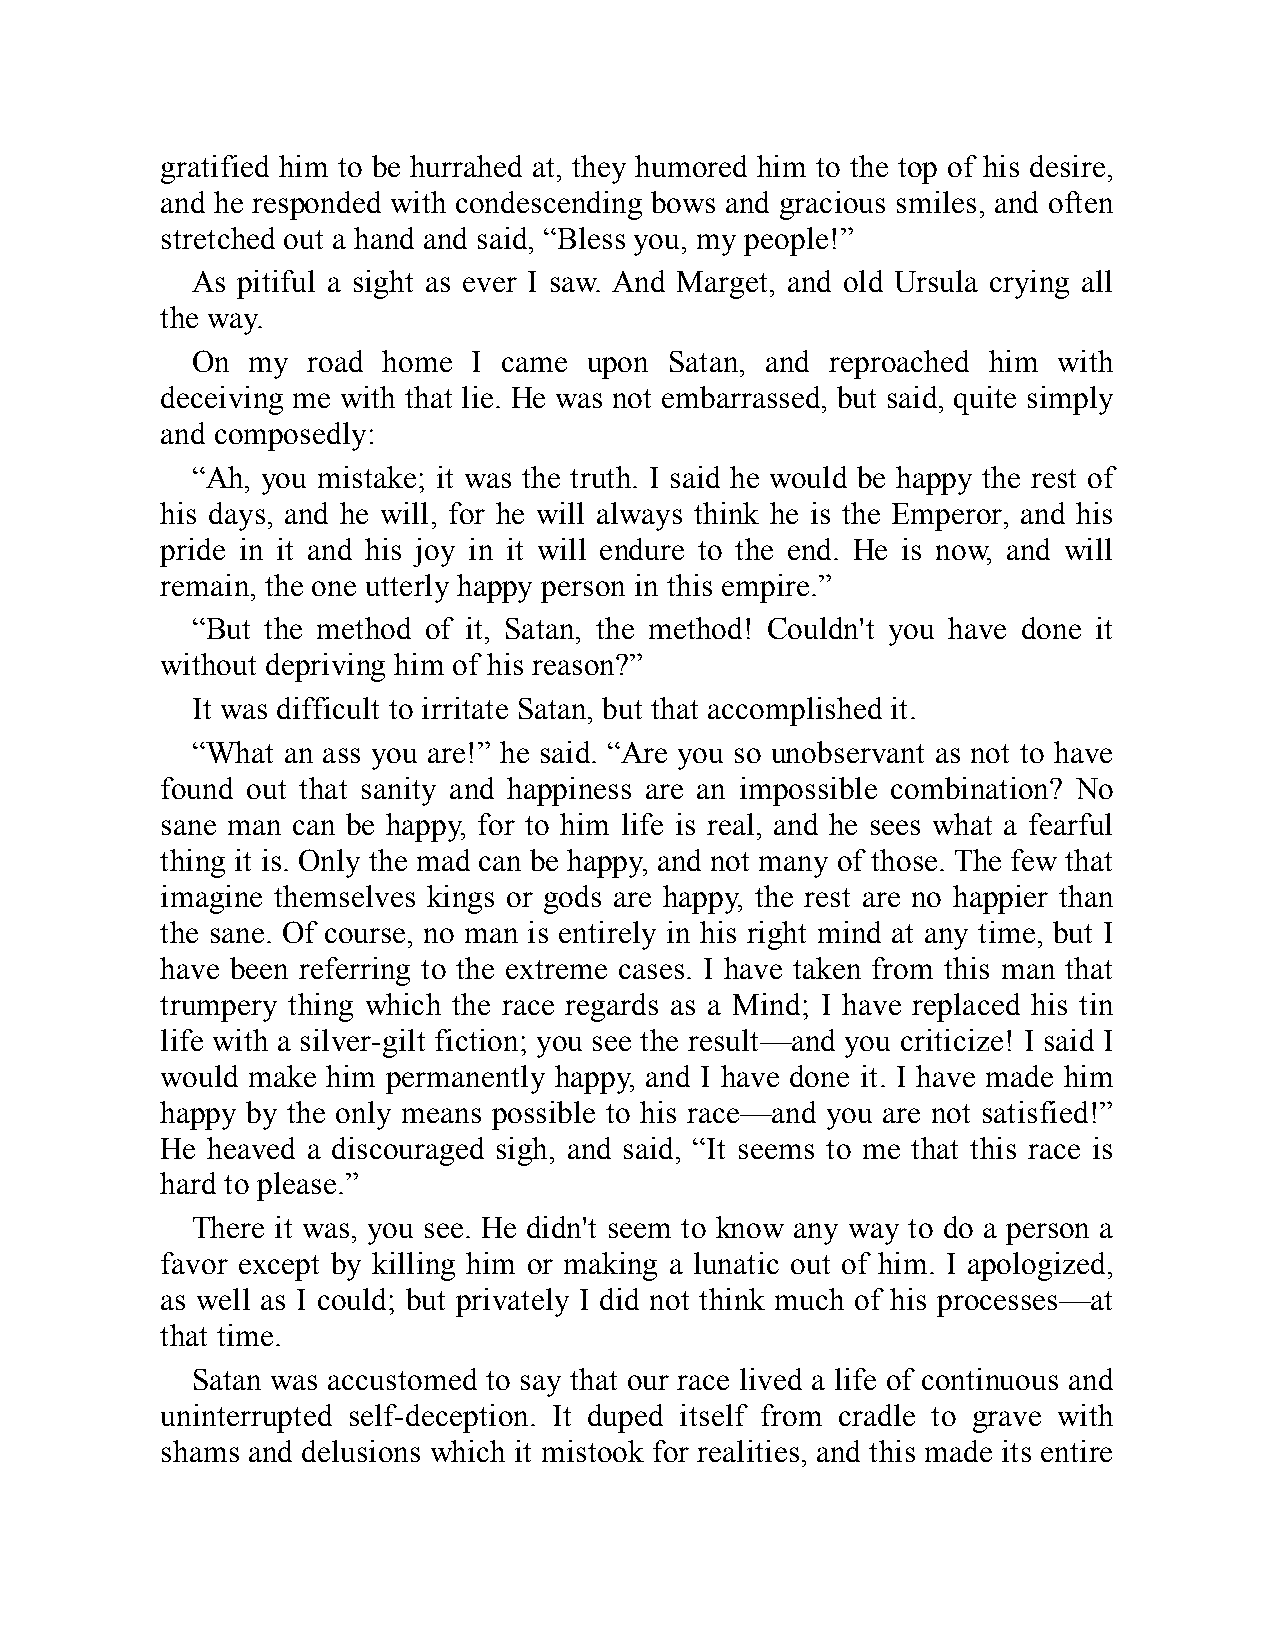
gratified him to be hurrahed at, they humored him to the top of his desire,
 and he responded with condescending bows and gracious smiles, and often
 stretched out a hand and said, “Bless you, my people!”
 As pitiful a sight as ever I saw. And Marget, and old Ursula crying all
 the way.
 On my  road home  I came  upon Satan, and reproached him with
 deceiving me with that lie. He was not embarrassed, but said, quite simply
 and composedly:
 “Ah, you mistake; it was the truth. I said he would be happy the rest of
 his days, and he will, for he will always think he is the Emperor, and his
 pride in it and his joy in it will endure to the end. He is now, and will
 remain, the one utterly happy person in this empire.”
 “But the method of it, Satan, the method! Couldn't you have done it
 without depriving him of his reason?”
 It was difficult to irritate Satan, but that accomplished it.
 “What an ass you are!” he said. “Are you so unobservant as not to have
 found out that sanity and happiness are an impossible combination? No
 sane man can be happy, for to him life is real, and he sees what a fearful
 thing it is. Only the mad can be happy, and not many of those. The few that
 imagine themselves kings or gods are happy, the rest are no happier than
 the sane. Of course, no man is entirely in his right mind at any time, but I
 have been referring to the extreme cases. I have taken from this man that
 trumpery thing which the race regards as a Mind; I have replaced his tin
 life with a silver-gilt fiction; you see the result—and you criticize! I said I
 would make him permanently happy, and I have done it. I have made him
 happy by the only means possible to his race—and you are not satisfied!”
 He heaved a discouraged sigh, and said, “It seems to me that this race is
 hard to please.”
 There it was, you see. He didn't seem to know any way to do a person a
 favor except by killing him or making a lunatic out of him. I apologized,
 as well as I could; but privately I did not think much of his processes—at
 that time.
 Satan was accustomed to say that our race lived a life of continuous and
 uninterrupted self-deception. It duped itself from cradle to grave with
 shams and delusions which it mistook for realities, and this made its entire